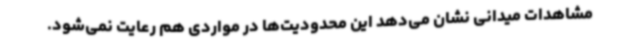
مشاهدات میدانی نشان می‌دهد این محدودیت‌ها در مواردی هم رعایت نمی‌شود.